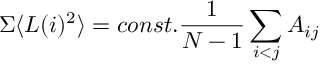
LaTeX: \Sigma \langle L ( i ) ^ { 2 } \rangle = c o n s t . \frac { 1 } { N - 1 } \sum _ { i < j } A _ { i j }